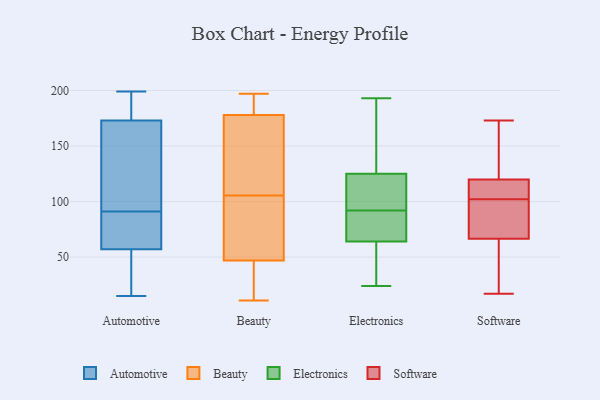
{"axis": {"x": "Humidity (%)", "y": "Value"}, "legend": ["Automotive", "Beauty", "Electronics", "Software"], "data": [{"x": "", "y": 178, "type": "Automotive"}, {"x": "", "y": 86, "type": "Automotive"}, {"x": "", "y": 61, "type": "Automotive"}, {"x": "", "y": 26, "type": "Automotive"}, {"x": "", "y": 53, "type": "Automotive"}, {"x": "", "y": 15, "type": "Automotive"}, {"x": "", "y": 193, "type": "Automotive"}, {"x": "", "y": 168, "type": "Automotive"}, {"x": "", "y": 87, "type": "Automotive"}, {"x": "", "y": 199, "type": "Automotive"}, {"x": "", "y": 161, "type": "Automotive"}, {"x": "", "y": 95, "type": "Automotive"}, {"x": "", "y": 39, "type": "Beauty"}, {"x": "", "y": 197, "type": "Beauty"}, {"x": "", "y": 11, "type": "Beauty"}, {"x": "", "y": 155, "type": "Beauty"}, {"x": "", "y": 114, "type": "Beauty"}, {"x": "", "y": 90, "type": "Beauty"}, {"x": "", "y": 97, "type": "Beauty"}, {"x": "", "y": 178, "type": "Beauty"}, {"x": "", "y": 47, "type": "Beauty"}, {"x": "", "y": 184, "type": "Beauty"}, {"x": "", "y": 24, "type": "Electronics"}, {"x": "", "y": 90, "type": "Electronics"}, {"x": "", "y": 114, "type": "Electronics"}, {"x": "", "y": 71, "type": "Electronics"}, {"x": "", "y": 125, "type": "Electronics"}, {"x": "", "y": 74, "type": "Electronics"}, {"x": "", "y": 94, "type": "Electronics"}, {"x": "", "y": 105, "type": "Electronics"}, {"x": "", "y": 67, "type": "Electronics"}, {"x": "", "y": 62, "type": "Electronics"}, {"x": "", "y": 64, "type": "Electronics"}, {"x": "", "y": 167, "type": "Electronics"}, {"x": "", "y": 95, "type": "Electronics"}, {"x": "", "y": 32, "type": "Electronics"}, {"x": "", "y": 125, "type": "Electronics"}, {"x": "", "y": 39, "type": "Electronics"}, {"x": "", "y": 193, "type": "Electronics"}, {"x": "", "y": 143, "type": "Electronics"}, {"x": "", "y": 80, "type": "Software"}, {"x": "", "y": 74, "type": "Software"}, {"x": "", "y": 30, "type": "Software"}, {"x": "", "y": 100, "type": "Software"}, {"x": "", "y": 173, "type": "Software"}, {"x": "", "y": 44, "type": "Software"}, {"x": "", "y": 108, "type": "Software"}, {"x": "", "y": 118, "type": "Software"}, {"x": "", "y": 102, "type": "Software"}, {"x": "", "y": 152, "type": "Software"}, {"x": "", "y": 113, "type": "Software"}, {"x": "", "y": 17, "type": "Software"}, {"x": "", "y": 125, "type": "Software"}]}